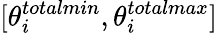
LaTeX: [\theta_{i}^{\textit{totalmin}},\theta_{i}^{\textit{totalmax}}]